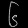
Digit: ၆